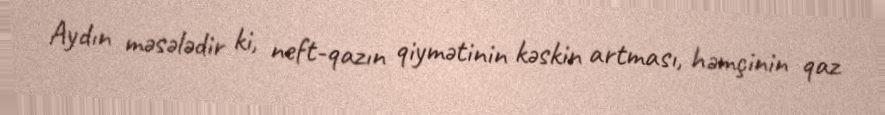
Aydın məsələdir ki, neft-qazın qiymətinin kəskin artması, həmçinin qaz